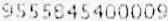
9555845400009